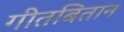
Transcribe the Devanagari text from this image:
गीतबितान